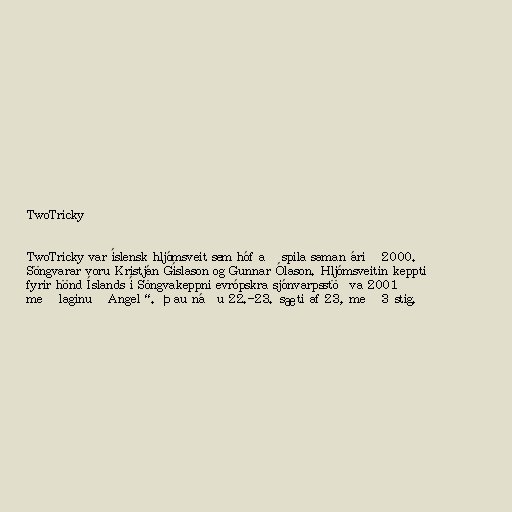
TwoTricky

TwoTricky var íslensk hljómsveit sem hóf að spila saman árið 2000.
Söngvarar voru Kristján Gíslason og Gunnar Ólason. Hljómsveitin keppti
fyrir hönd Íslands í Söngvakeppni evrópskra sjónvarpsstöðva 2001
með laginu „Angel“. Þau náðu 22.-23. sæti af 23, með 3 stig.